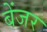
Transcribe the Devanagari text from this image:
बेंजर